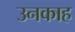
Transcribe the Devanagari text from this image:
उनकाह